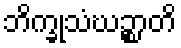
ဘိက္ခုသံဃဉ္စာတိ